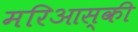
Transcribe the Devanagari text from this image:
मरिआस्की